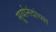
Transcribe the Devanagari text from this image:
सूर्यानंदांच्या